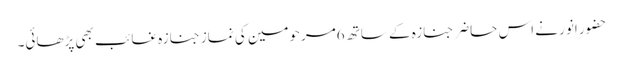
حضورِ انور نے اس حاضر جنازہ کے ساتھ 6مرحومین کی نمازِ جنازہ غائب بھی پڑھائی۔